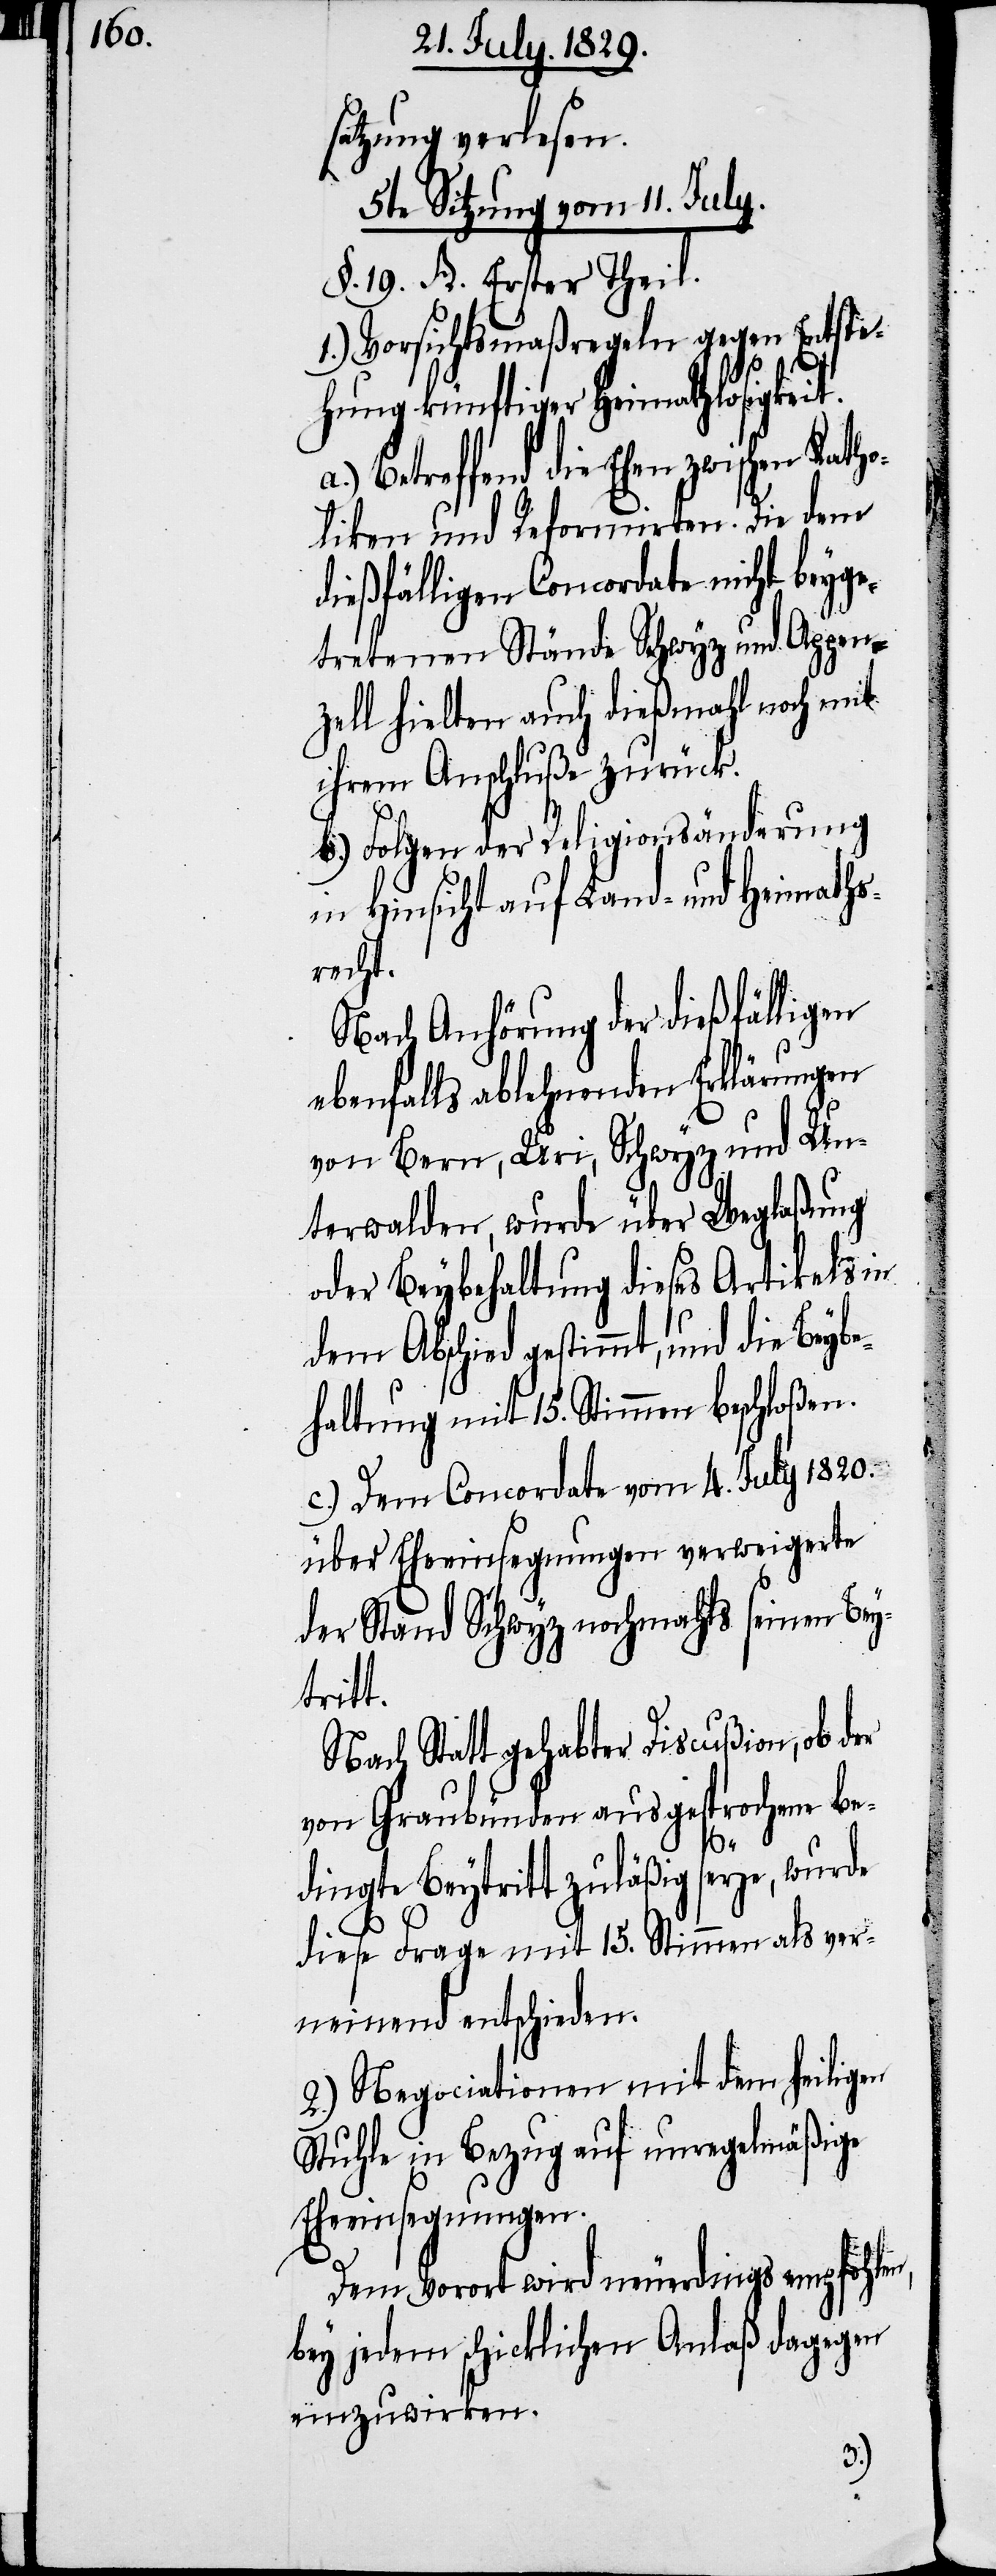
satzung verlesen.
5te Sitzung vom 11. July.
§. 19. A. Erster Theil.
1.) Vorsichtsmaßregeln gegen Entste¬
hung künftiger Heimathlosigkei¬
Betreffend die Ehen zwischen Ka¬
lischen und Reformirten. Die dem
dießfälligen Concordate nicht beyge¬
tretenen Stände Schwyz und Appen¬
zell hielten auch dießmahl noch mit
ihrem Anschluße zurück.
b.) Folgen der Religionsänderung
in Hinsicht auf Land- und Heimaths¬
recht.
Nach Anhörung der dießfälligen
ebenfalls ablehnenden Erklärungen
von Bern, Uri, Schwyz und Un¬
terwalden, wurde über Weglaßung
oder Beybehaltung dieses Artikels in
dem Abschied gestimmt, und die Beybe¬
haltung mit 15. Stimmen beschloßen.
c.) Dem Concordate vom 4. July 1820.
über Eheeinsegnungen verweigerte
der Stand Schwyz nochmahls seinen Bey¬
tritt.
Nach Statt gehabter Discußion, ob der
von Graubünden ausgesprochene be¬
tho¬
dingte Beytritt zuläßig seye, wurde
diese Frage mit 15. Stimmen als ver¬
neinend entschieden.
2.) Negociationen mit dem heiligen
Stuhle in Bezug auf unregelmäßige
Eheeinsegnungen.
Dem Vorort wird neuerdings empfohlen,
bey jedem schicklichen Anlaß dagegen
einzuwirken.